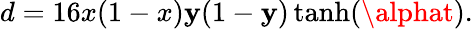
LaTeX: d=16x(1-x)\mathbf{y}(1-\mathbf{y})\operatorname{tanh}(\alphat).